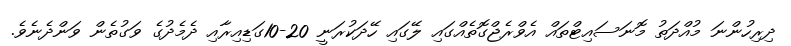
ދިރިހުންނަ މުއްދަތު މޮނަސައިޓްތައް އެވްރެޖްގޮތެއްގައި ލޭގައި ހޭދަކުރަނީ 20-10ގަޑިއިރާއި ދެމެދުގެ ވަގުތެން ވަންދެނެވެ.